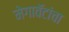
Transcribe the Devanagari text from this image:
मेगावॅटांचा